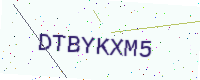
Text: DTBYKXM5